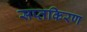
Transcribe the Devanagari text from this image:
सप्तकिरण